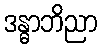
ဒန္ဓာဘိညာ